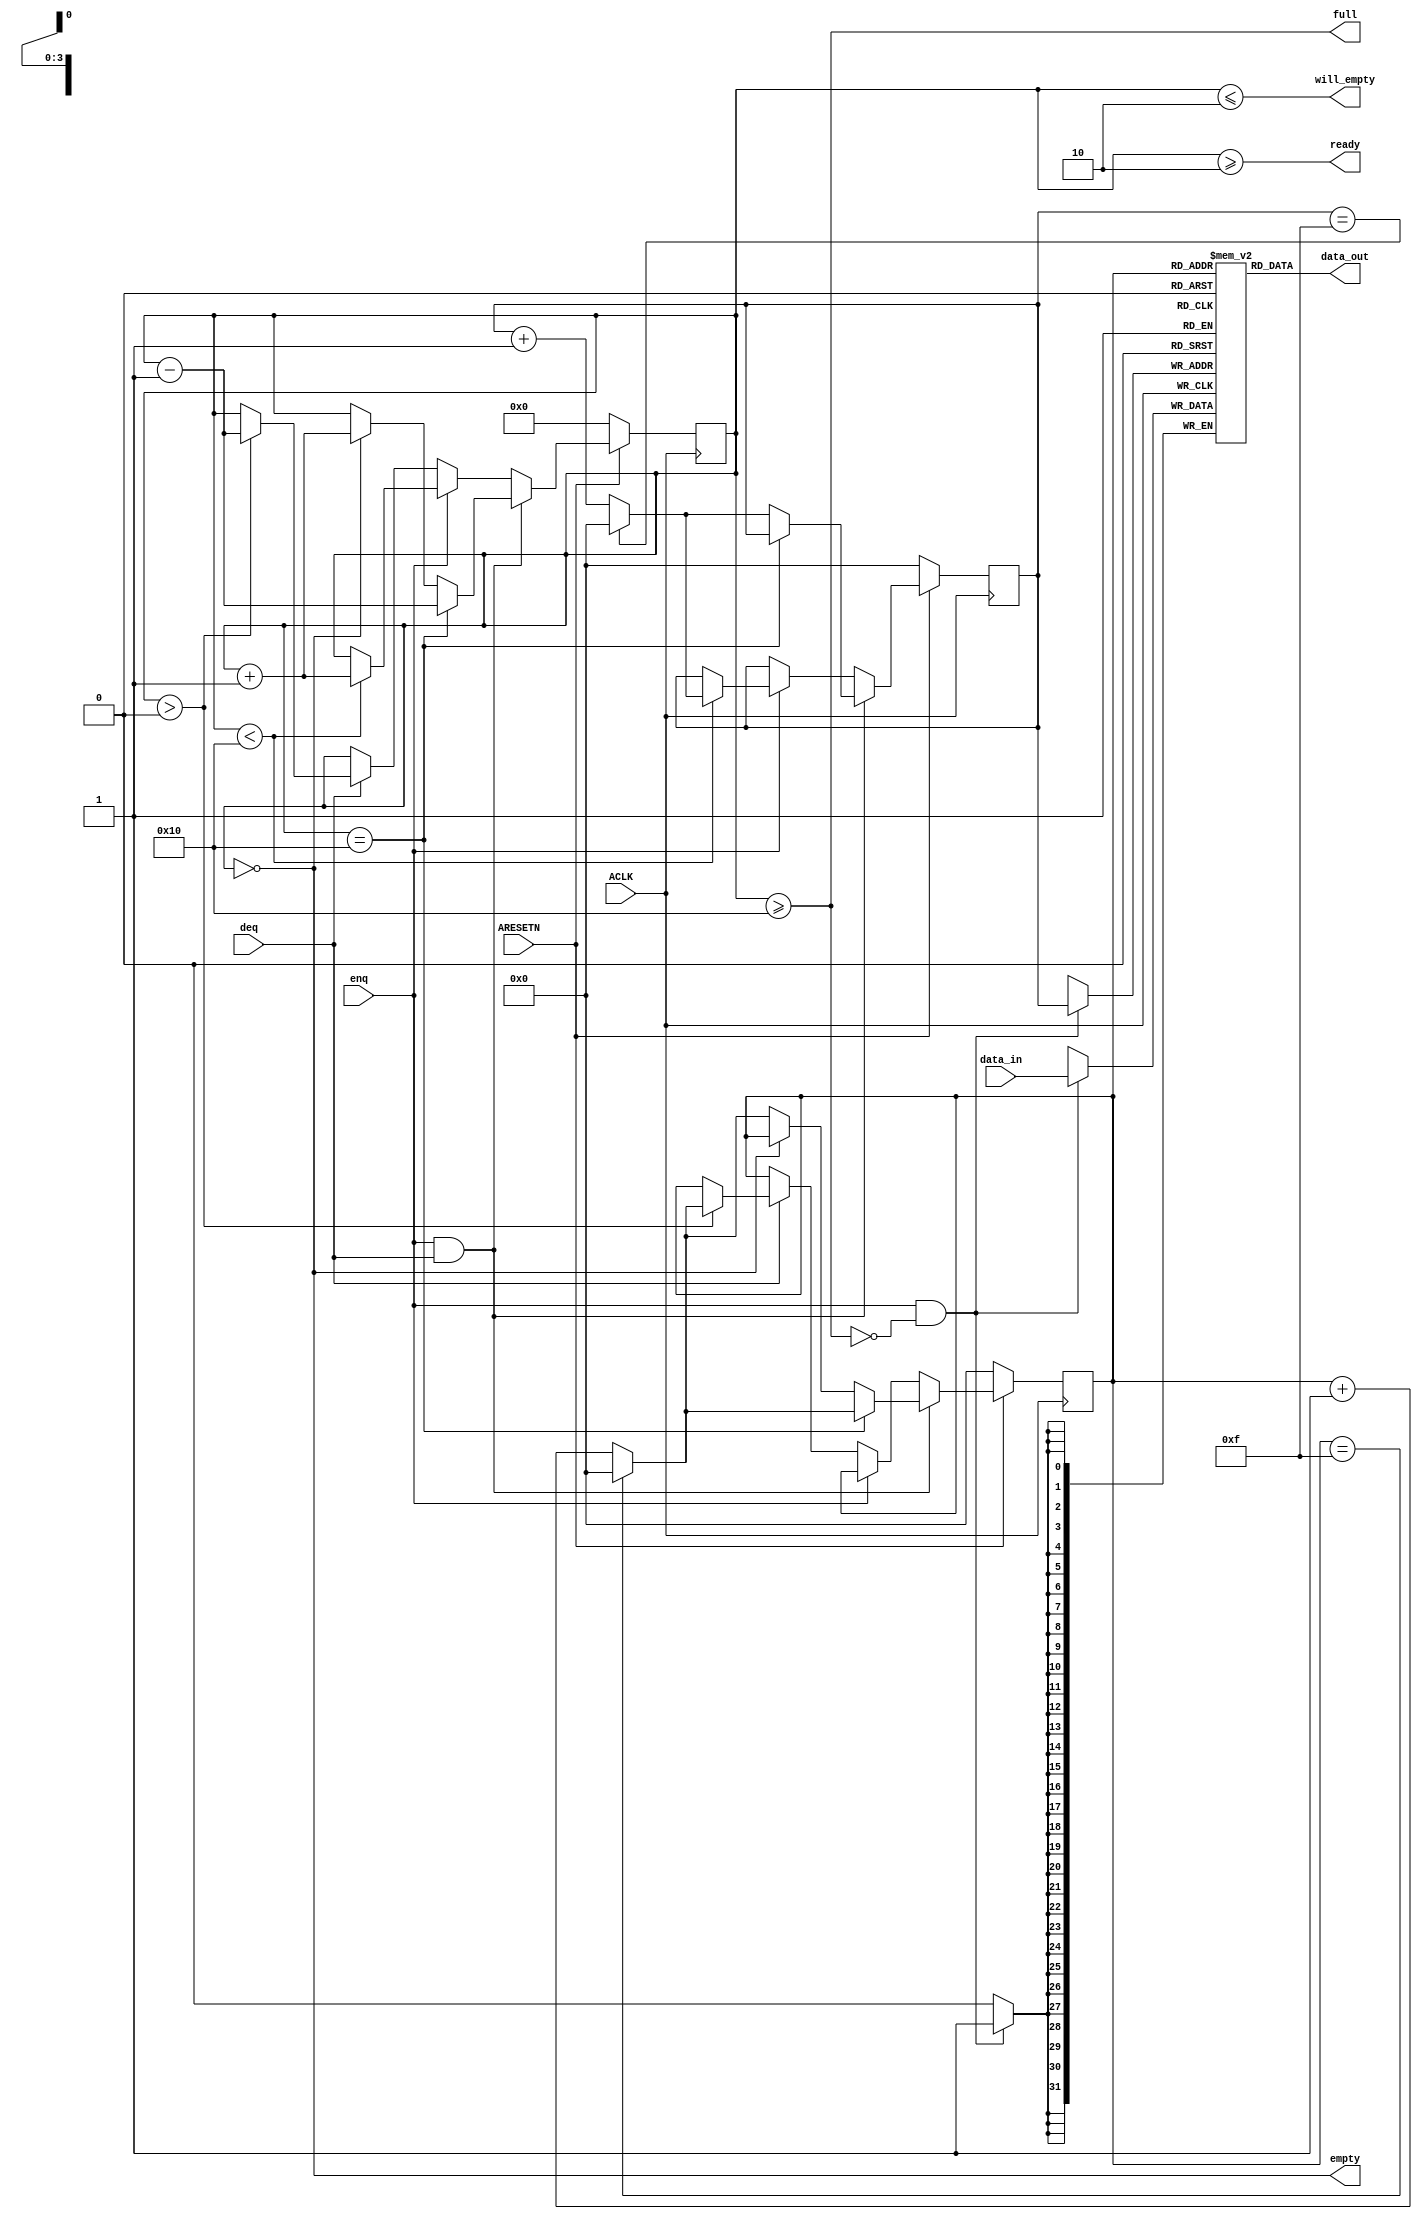

module fifo_buffer #
(
 parameter integer DATA_WIDTH = 32,
 parameter integer ADDR_WIDTH = 4,
 parameter integer READY_THRESHOLD = 2,
 parameter integer LOW_THRESHOLD = 2
)
(
 input ACLK,
 input ARESETN,
 input [DATA_WIDTH-1:0]  data_in,
 input enq,
 output full,
 output ready,
 output will_empty,
 output [DATA_WIDTH-1:0] data_out,
 input deq,
 output empty
);

reg [ADDR_WIDTH-1:0] head;
reg [ADDR_WIDTH-1:0] tail;
reg [ADDR_WIDTH  :0] count;
wire we;
assign we = enq && !full;
  
localparam LENGTH = 2 ** ADDR_WIDTH;
reg [DATA_WIDTH-1:0] mem [0:LENGTH-1];

always @(posedge ACLK) begin
	if(we) mem[head] <= data_in;
end
assign data_out = mem[tail];

assign ready = count >= READY_THRESHOLD;
assign full = count >= LENGTH;
assign will_empty = count <= LOW_THRESHOLD;
assign empty = count == 0;

always @(posedge ACLK) begin
	if (ARESETN == 0) begin
		head  <= 0;
		tail  <= 0;
		count <= 0;
	end else begin
		if (enq && deq) begin
			if (count == LENGTH) begin
				count <= count - 1;
				tail <= (tail == LENGTH-1)? 0 : tail + 1;
			end else if (count == 0) begin
				count <= count + 1;
				head <= (head == LENGTH-1)? 0 : head + 1;
			end else begin
				count <= count;
				head <= (head == LENGTH-1)? 0 : head + 1;
				tail <= (tail == LENGTH-1)? 0 : tail + 1;
			end
		end else if (enq) begin
			if (count < LENGTH) begin
				count <= count + 1;
				head <= (head == LENGTH-1)? 0 : head + 1;
			end
		end else if (deq) begin
			if (count > 0) begin
				count <= count - 1;
				tail <= (tail == LENGTH-1)? 0 : tail + 1;
			end
		end
	end
end

endmodule


module AXI_Master_Mips #
(
 parameter integer C_ADDR_WIDTH= 32,
 parameter integer C_DATA_WIDTH= 32
)
(
 input [1:0] TRANSACTION_MODE,
 input wire INIT_TXN,
 output wire TXN_DONE,
 output reg  ERROR,
 input wire [C_ADDR_WIDTH-1: 0] WRITE_ADDR,
 input wire [15:0] WRITE_LEN,
 input wire [C_ADDR_WIDTH-1: 0] READ_ADDR,
 input wire [15:0] READ_LEN,

 input wire  M_ACLK,
 input wire  M_ARESETN,
 /* write address */
 output wire M_AWVALID,
 input wire M_AWREADY,
 output wire [C_ADDR_WIDTH-1 : 0] M_AWADDR,
 output wire [7 : 0] M_AWLEN,
 output wire [2 : 0] M_AWSIZE,
 output wire [1 : 0] M_AWBURST, /*b01*/
 output wire [3 : 0] M_AWCACHE, /*b0010*/
 output wire M_AWID, /*unused*/
 output wire M_AWLOCK, /*unused*/
 output wire [2 : 0] M_AWPROT, /*unused*/
 output wire [3 : 0] M_AWQOS, /*unused*/
 output wire M_AWUSER, /*unused*/
 /* write data */
 output wire M_WVALID,
 input wire M_WREADY,
 output wire [C_DATA_WIDTH-1 : 0] M_WDATA,
 output wire [C_DATA_WIDTH/8-1 : 0] M_WSTRB,
 output wire M_WLAST,
 output wire M_WUSER, /*unused*/
 /* write response */
 input wire M_BVALID,
 output wire M_BREADY,
 input wire [1 : 0] M_BRESP,
 input wire M_BID, /*unused*/
 input wire M_BUSER, /*unused*/

 /* read address */
 output wire M_ARVALID,
 input wire M_ARREADY,
 output wire [C_ADDR_WIDTH-1 : 0] M_ARADDR,
 output wire [7 : 0] M_ARLEN,
 output wire [2 : 0] M_ARSIZE,
 output wire [1 : 0] M_ARBURST, /*b01*/
 output wire [3 : 0] M_ARCACHE, /*b0010*/
 output wire M_ARID, /*unused*/
 output wire M_ARLOCK, /*unused*/
 output wire [2 : 0] M_ARPROT, /*unused*/
 output wire [3 : 0] M_ARQOS, /*unused*/
 output wire M_ARUSER, /*unused*/

 /* read data */
 input wire M_RVALID,
 output wire M_RREADY,
 input wire [C_DATA_WIDTH-1 : 0] M_RDATA,
 input wire [1 : 0] M_RRESP,
 input wire M_RLAST,
 input wire M_RID, /*unused*/
 input wire M_RUSER, /*unused*/


 //param0
 output reg [5:0] mem_imem_addr,
 output reg [31:0] mem_imem_d,
 output reg mem_imem_req,
 output reg mem_imem_we,
 input wire [31:0] mem_imem_q,
 //param1
 output reg [6:0] mem_dmem_addr,
 output reg [31:0] mem_dmem_d,
 output reg mem_dmem_req,
 output reg mem_dmem_we,
 input wire [31:0] mem_dmem_q,
 //return0
 input wire [31:0] out0,
 output wire [2:0] exec_state
);

function integer clogb2 (input integer bit_depth);
	begin
		for(clogb2=0; bit_depth>0; clogb2=clogb2+1)
		  bit_depth = bit_depth >> 1;
	end
endfunction // clogb2

localparam BURST_LEN = 256;
// AXI4LITE signals
//AXI4 internal temp signals
reg [C_ADDR_WIDTH-1 : 0] axi_awaddr;
reg axi_awvalid;
reg axi_wlast;
reg axi_wvalid;
reg [C_ADDR_WIDTH-1 : 0] axi_araddr;
reg  axi_arvalid;
reg  axi_rready;

reg [15:0] write_index;
reg [15:0] read_index;
wire [9:0] write_burst_size_bytes;
wire [9:0] read_burst_size_bytes;
reg  start_single_burst_write;
reg  start_single_burst_read;
reg  writes_done;
reg  reads_done;
reg  error_reg;
reg  trans_done;
reg  burst_write_active;
reg  burst_read_active;

//Interface response error flags
wire  write_resp_error;
wire  read_resp_error;
wire  wnext;
wire  rnext;
reg  init_txn_ff;
reg  init_txn_ff2;
wire  init_txn_pulse;
localparam MODE_WRITE = 2'b00;
localparam MODE_READ  = 2'b01;

// I/O Connections assignments
assign M_AWID= 'b0;
assign M_AWADDR= WRITE_ADDR + axi_awaddr;

assign M_AWLEN= WRITE_LEN > BURST_LEN ? BURST_LEN-1 : WRITE_LEN-1;
assign M_AWSIZE= clogb2((C_DATA_WIDTH/8)-1);
assign M_AWBURST= 2'b01;
assign M_AWLOCK= 1'b0;

assign M_AWCACHE= 4'b0011;
assign M_AWPROT= 3'h0;
assign M_AWQOS= 4'h0;
assign M_AWUSER= 'b1;
assign M_AWVALID= axi_awvalid;

assign M_WSTRB= {(C_DATA_WIDTH/8){1'b1}};
assign M_WLAST= axi_wlast;
assign M_WUSER= 'b0;
assign M_WVALID= axi_wvalid;

assign M_BREADY= 1'b1;

assign M_ARID= 'b0;
assign M_ARADDR= READ_ADDR + axi_araddr;
assign M_ARLEN= READ_LEN > BURST_LEN ? BURST_LEN-1 : READ_LEN-1;
assign M_ARSIZE= clogb2((C_DATA_WIDTH/8)-1);
assign M_ARBURST= 2'b01;
assign M_ARLOCK= 1'b0;
assign M_ARCACHE= 4'b0011;
assign M_ARPROT= 3'h0;
assign M_ARQOS= 4'h0;
assign M_ARUSER= 'b1;
assign M_ARVALID= axi_arvalid;
assign M_RREADY= axi_rready;

assign TXN_DONE= trans_done;

assign write_burst_size_bytes= WRITE_LEN > BURST_LEN ? BURST_LEN * C_DATA_WIDTH/8: WRITE_LEN * C_DATA_WIDTH/8;
assign read_burst_size_bytes= READ_LEN > BURST_LEN ? BURST_LEN * C_DATA_WIDTH/8: READ_LEN * C_DATA_WIDTH/8;

assign init_txn_pulse= (!init_txn_ff2) && init_txn_ff;
always @(posedge M_ACLK) begin
	if (M_ARESETN == 0) begin
		init_txn_ff <= 1'b0;
		init_txn_ff2 <= 1'b0;
	end	else begin
		init_txn_ff <= INIT_TXN;
		init_txn_ff2 <= init_txn_ff;
	end
end


//awvalid & awaddr
reg aw_accept;
always @(posedge M_ACLK) begin
	if (M_ARESETN == 0 || init_txn_pulse == 1'b1 ) begin
		axi_awvalid <= 1'b0;
		axi_awaddr <= 'b0;
		aw_accept <= 'b0;
	end else if (~axi_awvalid && start_single_burst_write) begin
		axi_awvalid <= 1'b1;
		axi_awaddr <= axi_awaddr;
		aw_accept <= 'b1;
	end else if (M_AWREADY && axi_awvalid) begin
		axi_awvalid <= 1'b0;
		axi_awaddr <= axi_awaddr + write_burst_size_bytes;
	end else begin
		axi_awvalid <= axi_awvalid;
		axi_awaddr <= axi_awaddr;
		aw_accept <= aw_accept;
	end
end


reg [7:0] param;

localparam PARAM0_LEN = 44;
localparam PARAM1_LEN = 64;
localparam RETURN0_LEN = 4;
wire [15:0] param0_write_index;
wire [15:0] param1_write_index;
wire [15:0] param0_read_index;
wire [15:0] param1_read_index;
assign param0_write_index = write_index;
assign param1_write_index = write_index - PARAM0_LEN;
assign param0_read_index = read_index;
assign param1_read_index = read_index - PARAM0_LEN;

//param
always @(posedge M_ACLK) begin
	if (M_ARESETN == 0 || init_txn_pulse == 1'b1) begin
		param <= 0;
	end else if (burst_write_active) begin
		if (write_index == 0) begin
			param <= 0;
		end	else if (write_index == PARAM0_LEN+1) begin
			param <= 1;
		end	else if (write_index == (PARAM0_LEN+PARAM1_LEN+1)) begin
			param <= 2;
		end else begin
			param <= param;
		end
	end else if (burst_read_active) begin
		if (read_index == 0) begin
			param <= 0;
		end	else if (read_index == PARAM0_LEN-1) begin
			param <= 1;
		end else begin
			param <= param;
		end
	end
end


//imem address & we & req control
always @(posedge M_ACLK) begin
	if (M_ARESETN == 0 || init_txn_pulse == 1'b1) begin
		mem_imem_addr <= 'b0;
		mem_imem_we <= 1'b0;
	end else if (start_single_burst_write
			|| (burst_write_active && param0_write_index < PARAM0_LEN)) begin
			mem_imem_addr <= param0_write_index;
			mem_imem_we <= 1'b0;
	end else if (start_single_burst_read
					 || (burst_read_active && param0_read_index < PARAM0_LEN)) begin
			mem_imem_addr <= param0_read_index;
			mem_imem_we <= 1'b1;
	end else begin
		mem_imem_addr <= 'b0;
		mem_imem_we <= 1'b0;
	end
end

always @(posedge M_ACLK) begin
	if (M_ARESETN == 0 || init_txn_pulse == 1'b1) begin
		mem_imem_req <= 1'b0;
	end else if (start_single_burst_write
			|| (burst_write_active && param0_write_index < PARAM0_LEN+1)) begin
			mem_imem_req <= 1'b1;
	end else if (start_single_burst_read
					 || (burst_read_active && param0_read_index < PARAM0_LEN+1)) begin
			mem_imem_req <= 1'b1;
	end else begin
		mem_imem_req <= 1'b0;
	end
end


//dmem address control
always @(posedge M_ACLK) begin
	if (M_ARESETN == 0 || init_txn_pulse == 1'b1) begin
		mem_dmem_addr <= 'b0;
		mem_dmem_we <= 1'b0;
	end else if (start_single_burst_write
			|| (burst_write_active && param1_write_index < PARAM1_LEN)) begin
			mem_dmem_addr <= param1_write_index;
			mem_dmem_we <= 1'b0;
	end else if (start_single_burst_read
			 || (burst_read_active && param1_read_index < PARAM1_LEN)) begin
			mem_dmem_addr <= param1_read_index;
			mem_dmem_we <= 1'b1;
	end else begin
		mem_dmem_addr <= 'b0;
		mem_dmem_we <= 1'b0;
	end
end

always @(posedge M_ACLK) begin
	if (M_ARESETN == 0 || init_txn_pulse == 1'b1) begin
		mem_dmem_req <= 1'b0;
	end else if (start_single_burst_write
			|| (burst_write_active && param1_write_index < PARAM1_LEN+1)) begin
			mem_dmem_req <= 1'b1;
	end else if (start_single_burst_read
			 || (burst_read_active && param1_read_index < PARAM1_LEN+1)) begin
			mem_dmem_req <= 1'b1;
	end else begin
		mem_dmem_req <= 1'b0;
	end
end


reg fifo_enq;
wire fifo_deq;
reg [31:0] fifo_in;
wire [31:0] fifo_out;
wire fifo_full;
wire fifo_ready;
wire fifo_empty;
wire fifo_will_empty;

fifo_buffer #(
    .DATA_WIDTH(32), 
    .ADDR_WIDTH(4),
    .READY_THRESHOLD(2),
    .LOW_THRESHOLD(2)
    )
 fifo_buffer_inst(
	.ACLK(M_ACLK),
	.ARESETN(M_ARESETN),
	.enq(fifo_enq),
	.deq(fifo_deq),
	.data_in(fifo_in),
	.data_out(fifo_out),
	.full(fifo_full),
	.ready(fifo_ready),
	.empty(fifo_empty),
	.will_empty(fifo_will_empty));

assign wnext = M_WREADY & axi_wvalid;
assign M_WDATA = fifo_out;
assign fifo_deq = M_WREADY & axi_wvalid;

//wvalid
always @(posedge M_ACLK) begin
	if (M_ARESETN == 0 || init_txn_pulse == 1'b1) begin
		axi_wvalid <= 1'b0;
	end else if (~axi_wvalid && burst_write_active && fifo_ready) begin
		axi_wvalid <= 1'b1;
	end else if (axi_wlast) begin
		axi_wvalid <= 1'b0;
	end else begin
		axi_wvalid <= axi_wvalid;
	end
end

//wlast
always @(posedge M_ACLK) begin
	if (M_ARESETN == 0 || init_txn_pulse == 1'b1 ) begin
		axi_wlast <= 1'b0;
	end else if (~axi_wlast && wnext && WRITE_LEN != 1 && fifo_will_empty) begin
		axi_wlast <= 1'b1;
	end else begin
		axi_wlast <= 1'b0;
	end
end

//write_index
always @(posedge M_ACLK) begin
	if (M_ARESETN == 0
		|| init_txn_pulse == 1'b1
		) begin
		write_index <= 0;
	//count up after mem_req has been asserted
	end else if (burst_write_active && ~axi_wlast && ~fifo_full && write_index != WRITE_LEN+2) begin
        write_index <= write_index + 1;
	end else begin
		write_index <= write_index;
	end
end

//write to fifo
always @(posedge M_ACLK) begin
    if (M_ARESETN == 0
		|| init_txn_pulse == 1'b1
		) begin
		fifo_enq <= 0;
	end else if (~axi_wlast && ~fifo_full && write_index >= 2 && write_index != WRITE_LEN+2) begin
		fifo_enq <= 1;
		case (param)
            2'b00: fifo_in <= mem_imem_q;
            2'b01: fifo_in <= mem_dmem_q;
            2'b10: fifo_in <= out0;
            default: fifo_in <= 'bz;
        endcase
	end else begin
		fifo_enq <= 0;
	end
end


//write active
always @(posedge M_ACLK) begin
	if (M_ARESETN == 0) begin
		burst_write_active <= 1'b0;
	end else if (start_single_burst_write == 1'b1) begin
		burst_write_active <= 1'b1;
	end else if (M_BVALID) begin
		burst_write_active <= 0;
	end
end

//writes done
always @(posedge M_ACLK) begin
	if (M_ARESETN == 0 || init_txn_pulse == 1'b1) begin
		writes_done <= 1'b0;
	end else if (M_BVALID) begin
		writes_done <= 1'b1;
	end else if (writes_done == 1'b1) begin
		writes_done <= 1'b0;
	end else begin
		writes_done <= writes_done;
	end
end

//arvalid & araddr
always @(posedge M_ACLK) begin
	if (M_ARESETN == 0 || init_txn_pulse == 1'b1 ) begin
		axi_arvalid <= 1'b0;
		axi_araddr <= 'b0;
	end else if (~axi_arvalid && start_single_burst_read) begin
		axi_arvalid <= 1'b1;
		axi_araddr <= axi_araddr;
	end else if (M_ARREADY && axi_arvalid) begin
		axi_arvalid <= 1'b0;
		axi_araddr <= axi_araddr + read_burst_size_bytes;
	end else begin
		axi_arvalid <= axi_arvalid;
		axi_araddr <= axi_araddr;
	end
end



assign rnext = M_RVALID && axi_rready;

//rready
always @(posedge M_ACLK) begin
	if (M_ARESETN == 0 || init_txn_pulse == 1'b1 ) begin
		axi_rready <= 1'b0;
	end else if (M_RLAST && axi_rready) begin
		axi_rready <= 1'b0;
	end else if (M_ARREADY && axi_arvalid
				 || M_RVALID) begin
		axi_rready <= 1'b1;
	end	else begin
		axi_rready <= axi_rready;
	end
end

//rdata
always @(posedge M_ACLK) begin
	if (M_ARESETN == 0 || init_txn_pulse == 1'b1) begin
		mem_imem_d <= 'bz;
        mem_dmem_d <= 'bz;
	end else if (M_RVALID && axi_rready) begin
		case (param)
			2'b00: begin
				mem_imem_d <= M_RDATA;
				mem_dmem_d <= 'bz;
			end
			2'b01: begin
				mem_imem_d <= 'bz;
				mem_dmem_d <= M_RDATA;
			end
		endcase
	end else begin
		//
	end
end

//read index
always @(posedge M_ACLK) begin
	if (M_ARESETN == 0
		|| init_txn_pulse == 1'b1
		|| start_single_burst_read) begin
		read_index <= 0;
	end else if (~M_RLAST && rnext && (read_index <= READ_LEN-1)) begin
		read_index <= read_index + 1;
	end else begin
		read_index <= read_index;
	end
end

//read active
always @(posedge M_ACLK) begin
	if (M_ARESETN == 0) begin
		burst_read_active <= 1'b0;
	end else if (start_single_burst_read) begin
		burst_read_active <= 1'b1;
	end else if (M_RVALID && axi_rready && M_RLAST) begin
		burst_read_active <= 0;
	end
end

//reads done
always @(posedge M_ACLK) begin
	if (M_ARESETN == 0 || init_txn_pulse == 1'b1) begin
		reads_done <= 1'b0;
	end else if (M_RVALID && axi_rready && M_RLAST) begin
		reads_done <= 1'b1;
	end else if (reads_done == 1'b1) begin
		reads_done <= 1'b0;
	end else begin
		reads_done <= reads_done;
	end
end


assign write_resp_error = M_BVALID & M_BRESP[1];
assign read_resp_error = axi_rready & M_RVALID & M_RRESP[1];

always @(posedge M_ACLK) begin
	if (M_ARESETN == 0 || init_txn_pulse == 1'b1) begin
		error_reg <= 1'b0;
	end else if (write_resp_error || read_resp_error) begin
		error_reg <= 1'b1;
	end else begin
		error_reg <= error_reg;
	end
end

parameter [2:0] STATE_IDLE = 3'b000,
  STATE_WRITE_INIT         = 3'b001,
  STATE_WRITE_CONTINUE     = 3'b010,
  STATE_READ_INIT          = 3'b011,
  STATE_READ_CONTINUE      = 3'b100;

reg [2:0] mst_exec_state;
always @ ( posedge M_ACLK) begin
	if (M_ARESETN == 1'b0 ) begin
		mst_exec_state <= STATE_IDLE;
		start_single_burst_write <= 1'b0;
		start_single_burst_read  <= 1'b0;
		trans_done <= 1'b0;
		ERROR <= 1'b0;
	end else begin
		case (mst_exec_state)
			STATE_IDLE: begin
				trans_done <= 1'b0;
				if (init_txn_pulse == 1'b1) begin

					ERROR <= 1'b0;
					if (TRANSACTION_MODE == MODE_WRITE) begin
						mst_exec_state <= STATE_WRITE_INIT;
					end else begin
						mst_exec_state <= STATE_READ_INIT;
					end
				end else begin
					mst_exec_state <= STATE_IDLE;
				end
			end
			STATE_WRITE_INIT: begin
				if (~axi_awvalid && ~start_single_burst_write && ~burst_write_active) begin
					start_single_burst_write <= 1'b1;
					mst_exec_state <= STATE_WRITE_CONTINUE;
				end
			end
			STATE_WRITE_CONTINUE: begin
				if (writes_done) begin
					ERROR <= error_reg;
					mst_exec_state <= STATE_IDLE;
					trans_done <= 1'b1;
				end else begin
					start_single_burst_write <= 1'b0;
				end
			end

			STATE_READ_INIT: begin
				if (~axi_arvalid && ~burst_read_active && ~start_single_burst_read) begin
					start_single_burst_read <= 1'b1;
					mst_exec_state <= STATE_READ_CONTINUE;
				end
			end
			STATE_READ_CONTINUE: begin
				if (reads_done) begin
					ERROR <= error_reg;
					mst_exec_state <= STATE_IDLE;
					trans_done <= 1'b1;
				end else begin
					start_single_burst_read <= 1'b0;
				end
			end
			default: begin
				mst_exec_state  <= STATE_IDLE;
			end
		endcase
	end
end

always @ (M_ARREADY, M_ARVALID, M_ARLEN, M_ARADDR, M_RREADY, M_RVALID, M_RDATA, M_RLAST) begin
	$display("%5t:ARREADY=%b ARVALID=%b ARLEN %1d ARADDR=%x RREADY %b RVALID %b RDATA %x RLAST %b",
			 $time,
			 M_ARREADY, M_ARVALID, M_ARLEN, M_ARADDR, M_RREADY, M_RVALID, M_RDATA, M_RLAST);
end

always @ (M_AWREADY, M_AWVALID, M_AWLEN, M_AWADDR, M_WREADY, M_WVALID, M_WDATA, M_WLAST) begin
	$display("%5t:AWREADY=%b AWVALID=%b AWLEN %1d AWADDR=%x WREADY %b WVALID %b WDATA %x WLAST %b",
			 $time,
			 M_AWREADY, M_AWVALID, M_AWLEN, M_AWADDR, M_WREADY, M_WVALID, M_WDATA, M_WLAST);
end
always @ (M_BREADY, M_BVALID, M_BRESP) begin
	$display("%5t:BREADY=%b BVALID=%b BRESP %b",
			 $time,
			 M_BREADY, M_BVALID, M_BRESP);
end

always @ (mst_exec_state) begin
	$display("mst_exec_state %d", mst_exec_state);
end
always @ (read_index) begin
	$display("read_index %d", read_index);
end
always @ (write_index) begin
	$display("write_index %d", write_index);
end
always @ (start_single_burst_read) begin
	$display("start_single_burst_read %b", start_single_burst_read);
end
always @ (start_single_burst_write) begin
	$display("start_single_burst_write %b", start_single_burst_write);
end
always @ (burst_read_active) begin
	$display("burst_read_active %b", burst_read_active);
end
always @ (burst_write_active) begin
	$display("burst_write_active %b", burst_write_active);
end

always @ (param) begin
	$display("param %d", param);
end

always @(mem_dmem_addr, mem_dmem_d, mem_dmem_req, mem_dmem_we, mem_dmem_q) begin
	$display("dmem_addr %d", mem_dmem_addr);
	$display("dmem_d %d", mem_dmem_d);
	$display("dmem_req %b", mem_dmem_req);
	$display("dmem_we %b", mem_dmem_we);
	$display("dmem_q %d", mem_dmem_q);
end

always @(mem_imem_addr, mem_imem_d, mem_imem_req, mem_imem_we, mem_imem_q) begin
	$display("imem_addr %d", mem_imem_addr);
	$display("imem_d %x", mem_imem_d);
	$display("imem_req %b", mem_imem_req);
	$display("imem_we %b", mem_imem_we);
	$display("imem_q %x", mem_imem_q);
end

assign exec_state= mst_exec_state;

endmodule